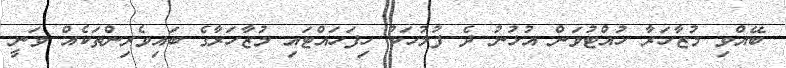
ބޭއްވި މުޒާހަރާ ހުއްޓުވަން އުޅުނު ދެ ފުލުހަކު ހިފަހައްޓައި މުޒާހަރާގެ ބައިވެރިންތަކެއް ވަނީ